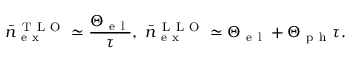
\bar { n } _ { \mathrm { ~ e ~ x ~ } } ^ { \mathrm { ~ T ~ L ~ O ~ } } \simeq \frac { \Theta _ { \mathrm { ~ e ~ l ~ } } } { \tau } , ~ \bar { n } _ { \mathrm { ~ e ~ x ~ } } ^ { \mathrm { ~ L ~ L ~ O ~ } } \simeq \Theta _ { \mathrm { ~ e ~ l ~ } } + \Theta _ { \mathrm { ~ p ~ h ~ } } \tau .